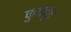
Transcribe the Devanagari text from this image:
कुथनूर